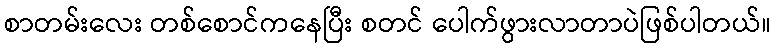
စာတမ်းလေး တစ်စောင်ကနေပြီး စတင် ပေါက်ဖွားလာတာပဲဖြစ်ပါတယ်။